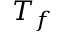
T _ { f }